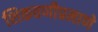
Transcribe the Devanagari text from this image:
शिकवणीप्रमाणे